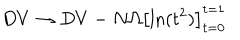
D V \rightarrow D V - N \Omega \left[ \mathrm { l n } ( t ^ { 2 } ) \right] _ { t = 0 } ^ { t = 1 }